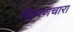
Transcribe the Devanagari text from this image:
चिमणचारा